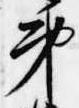
弟